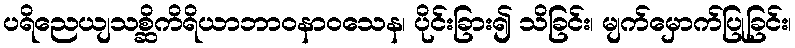
ပရိညေယျသစ္ဆိကိရိယာဘာဝနာဝသေန၊ ပိုင်းခြား၍ သိခြင်း၊ မျက်မှောက်ပြုခြင်း၊